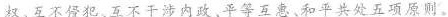
权，互不侵犯、互不干涉内政。平等互惠、和平共处五项原则。